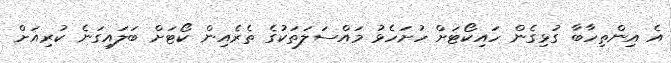
އެ އިންތިހާބާ ގުޅިގެން ހައިކޯޓަށް ހުށަހެޅު މައްސަލަތަކުގެ ތެރެއިން ކޯޓަށް ބަލައިގަނެ ކުރިއަށް